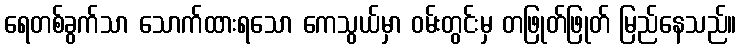
ရေတစ်ခွက်သာ သောက်ထားရသော ကေသွယ်မှာ ဝမ်းတွင်းမှ တဖြုတ်ဖြုတ် မြည်နေသည်။